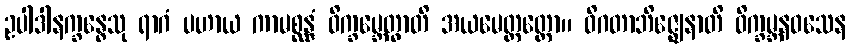
ဥပါဒါနက္ခန္ဓေသု ရာဂံ ပဟာယ ကာမစ္ဆန္ဒံ ဝိက္ခမ္ဘေတွာတိ အယမေတ္ထတ္ထော။ ဝိဂတာဘိဇ္ဈေနာတိ ဝိက္ခမ္ဘနဝသေန